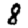
Digit: 8